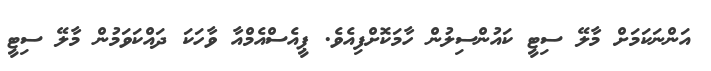
އަންނަކަމަށް މާލޭ ސިޓީ ކައުންސިލުން ހާމަކޮށްފިއެވެ. ޕީއެސްއެމްއާ ވާހަކަ ދައްކަވަމުން މާލޭ ސިޓީ